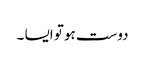
دوست ہو تو ایسا ۔